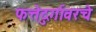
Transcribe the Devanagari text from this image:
फत्तेदुर्गावरचे